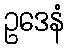
ဥဒေနံ